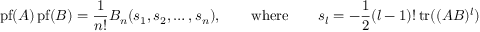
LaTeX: \mathrm { p f } ( A ) \, \mathrm { p f } ( B ) = { \frac { 1 } { n ! } } B _ { n } ( s _ { 1 } , s _ { 2 } , \ldots , s _ { n } ) , \qquad \mathrm { w h e r e } \qquad s _ { l } = - { \frac { 1 } { 2 } } ( l - 1 ) ! \, \mathrm { t r } ( ( A B ) ^ { l } )